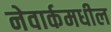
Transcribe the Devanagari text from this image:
नेवार्कमधील